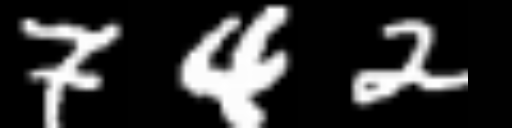
Text: 742